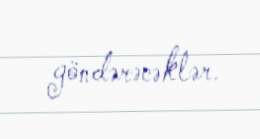
göndərəcəklər.